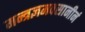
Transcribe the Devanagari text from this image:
मन्त्रज्ञमवसानीनं